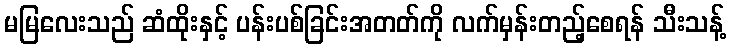
မမြလေးသည် ဆံထိုးနှင့် ပန်းပစ်ခြင်းအတတ်ကို လက်မှန်းတည့်စေရန် သီးသန့်